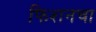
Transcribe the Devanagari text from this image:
फिशनचा